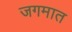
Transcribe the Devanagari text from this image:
जगमात